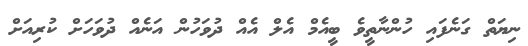
ނިޔަތް ގަނެފައި ހުންނާތީވެ ބީއެމް އެލް އެއް ދުވަހުން އަނެއް ދުވަހަށް ކުރިއަށް